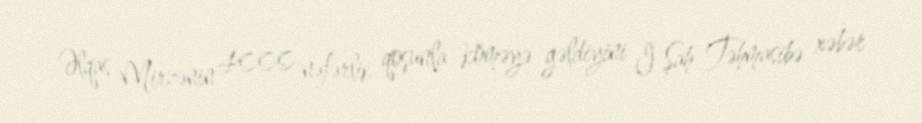
Əlqas Mirzənin 4000 nəfərlik qoşunla köməyə gəldiyini I Şah Təhmasibə xəbər